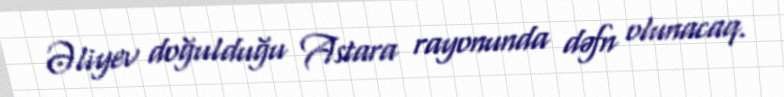
Əliyev doğulduğu Astara rayonunda dəfn olunacaq.